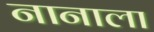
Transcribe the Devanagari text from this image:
नानाला